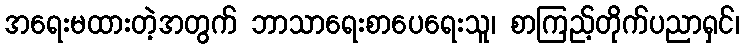
အရေးမထားတဲ့အတွက် ဘာသာရေးစာပေရေးသူ၊ စာကြည့်တိုက်ပညာရှင်၊